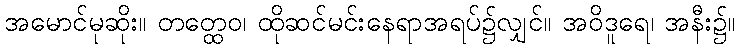
အမောင်မုဆိုး။ တတ္ထေဝ၊ ထိုဆင်မင်းနေရာအရပ်၌လျှင်။ အဝိဒူရေ၊ အနီး၌။